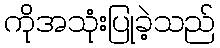
ကိုအသုံးပြုခဲ့သည်